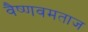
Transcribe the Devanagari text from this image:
वैष्णवमताज